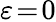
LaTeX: \varepsilon\! =\! 0